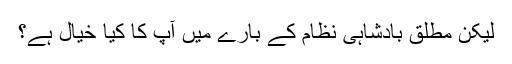
لیکن مطلق بادشاہى نظام کے بارے میں آپ کا کیا خیال ہے؟